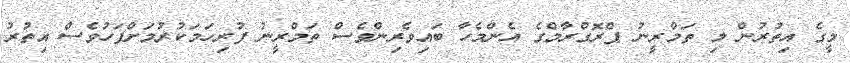
މީގެ އިތުރުން މި ތަމްރީނު ޕްރޮގްރާމްގެ އެންމެހާ ބައިވެރިންވެސް ތަމްރީނު ފުރިހަމަކުރުމަށްފަހުވެސް އިތުރު